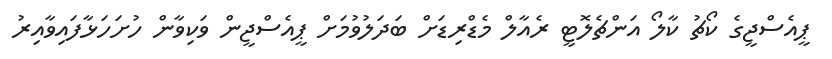
ޕީއެސްޖީގެ ކޯޗު ކާލޯ އަންޗެލޮޓީ ރެއާލް މެޑްރިޑަށް ބަދަލުވުމަށް ޕީއެސްޖީން ވަކިވާން ހުށަހަޅާފައިވާއިރު